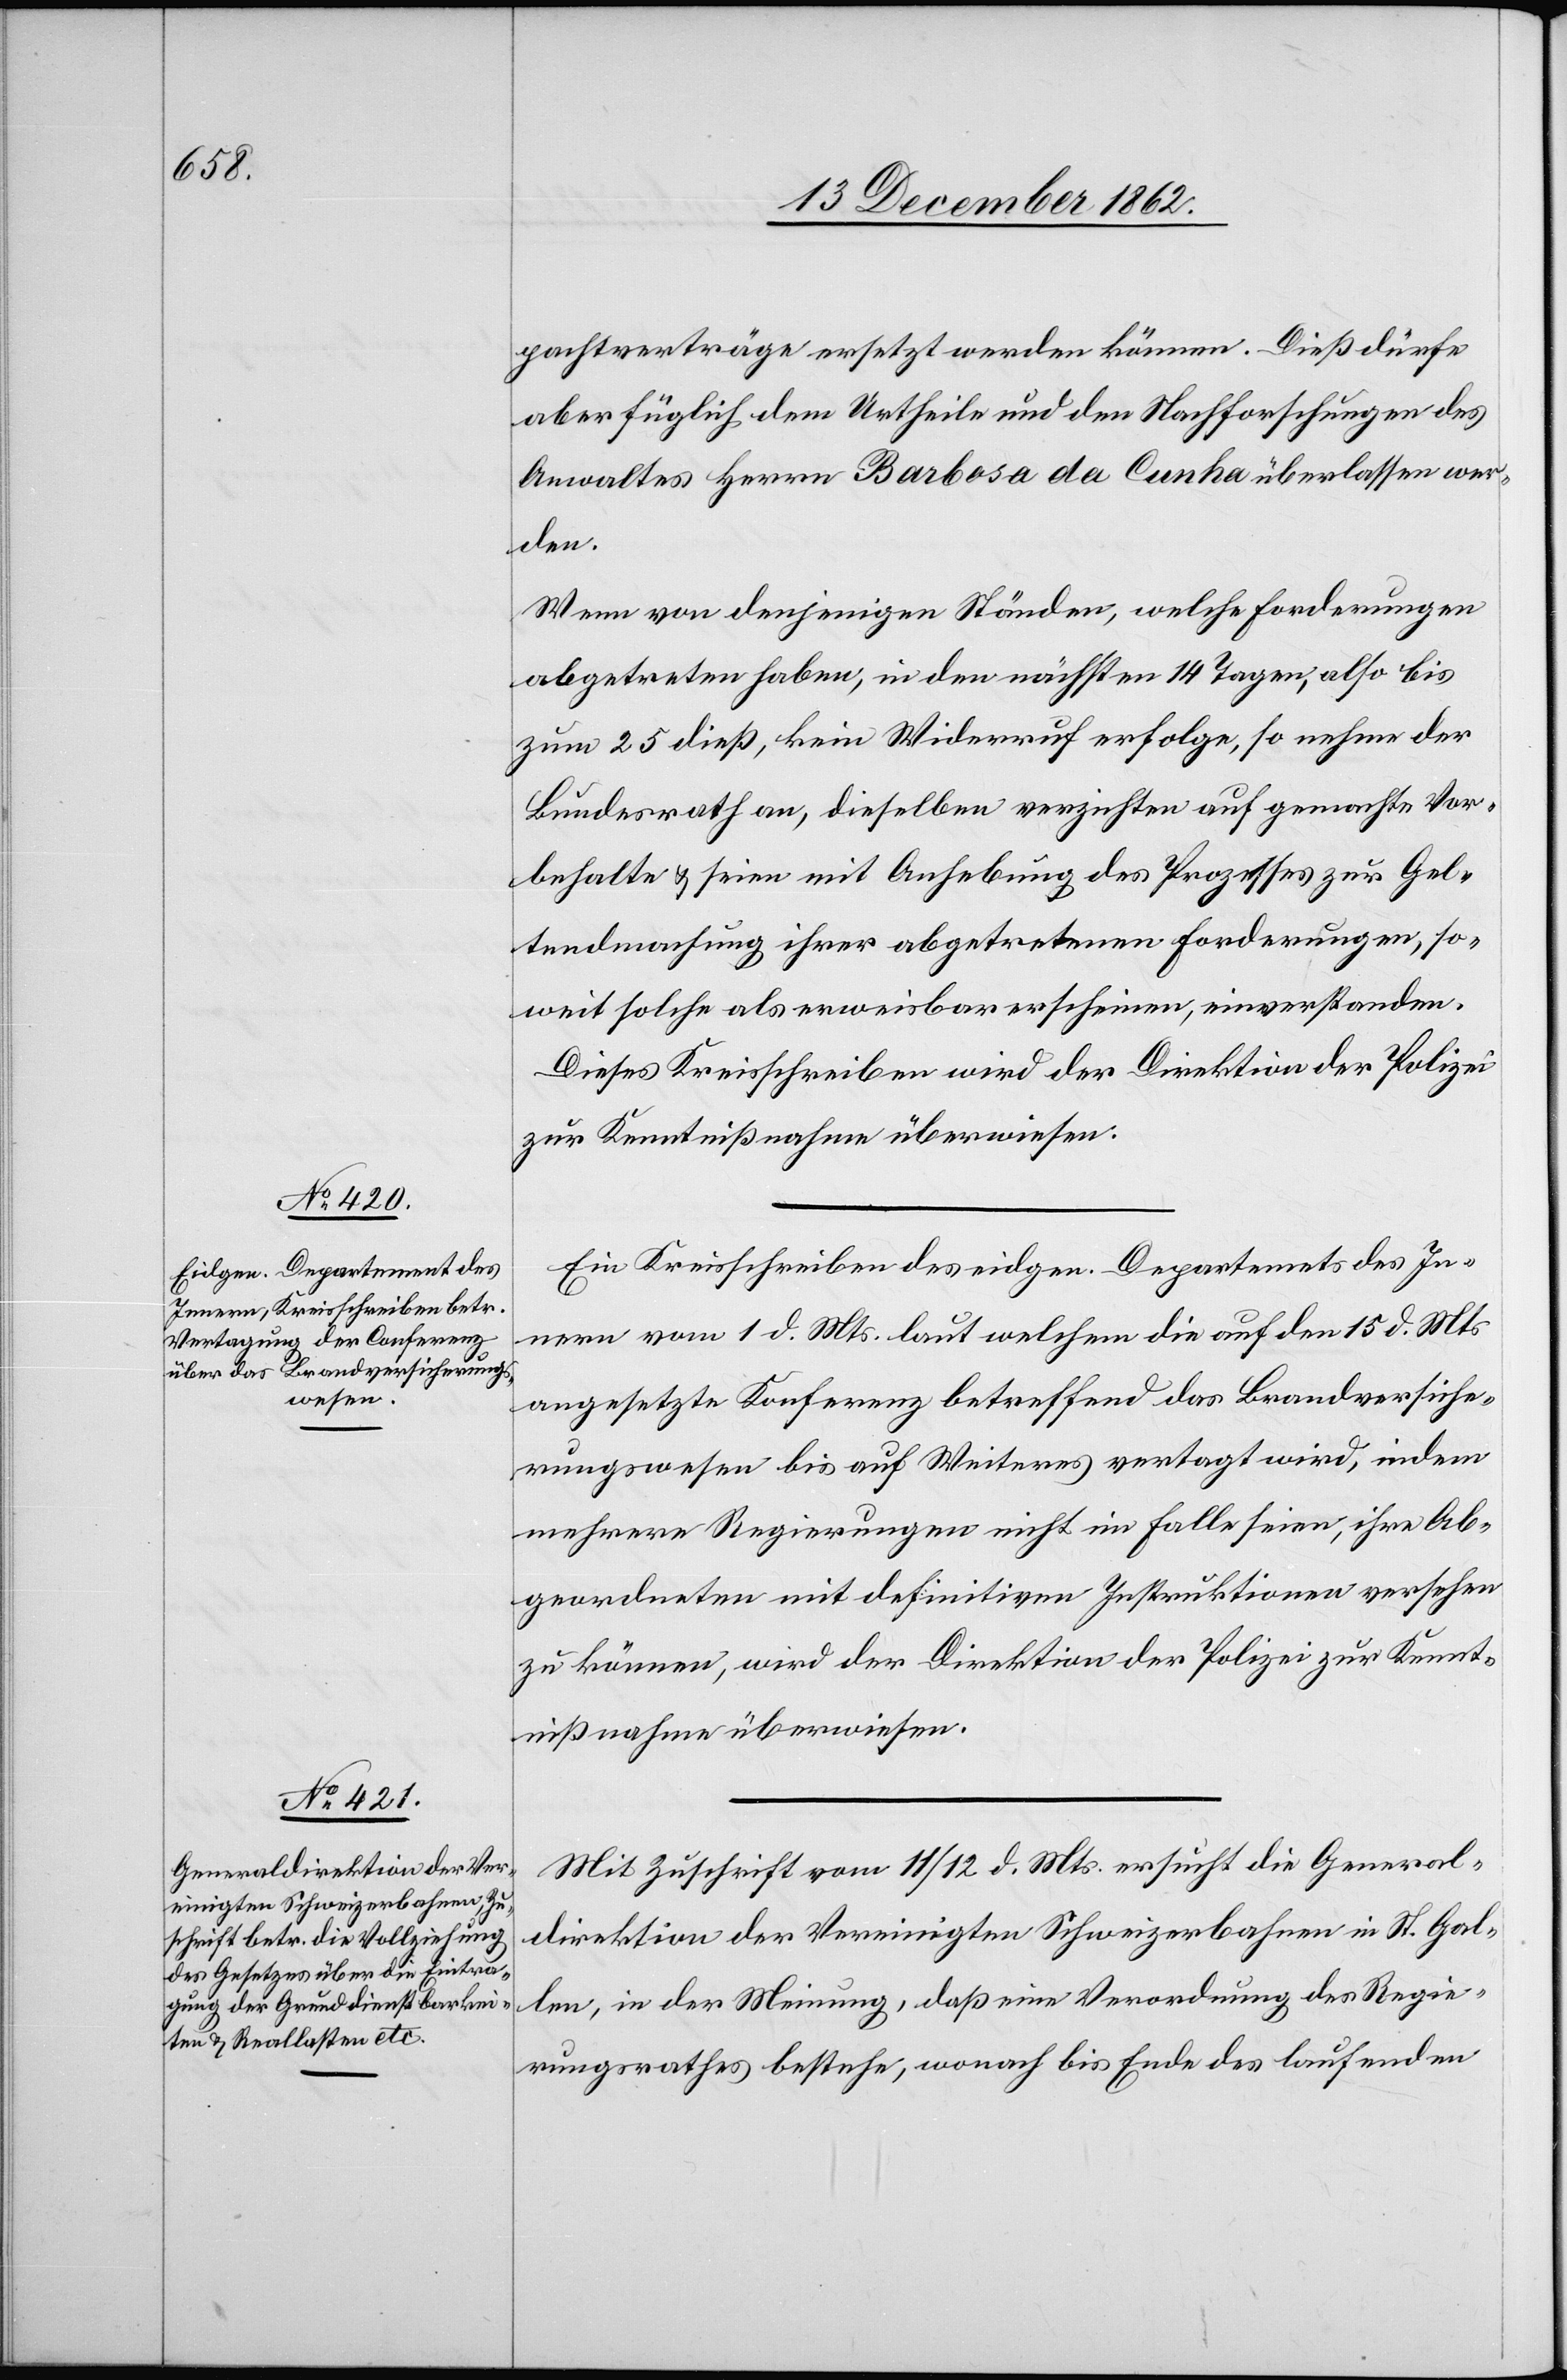
pachtverträge ersetzt werden können. Dieß dürfe
aber füglich dem Urtheile und den Nachforschungen des
Anwaltes Herrn Barbosa da Cunha überlassen wer¬
den.
Wenn von denjenigen Ständen, welche Forderungen
abgetreten haben, in den nächsten 14 Tagen, also bis
zum 25. dieß, kein Widerruf erfolge, so nehme der
Bundesrath an, dieselben verzichten auf gemachte Vor¬
behalte u. seien mit Anhebung des Prozesses zur Gel¬
tendmachung ihrer abgetretenen Forderungen, so¬
weit solche als erweisbar erscheinen, einverstanden.
Dieses Kreisschreiben wird der Direktion der Polizei
zur Kenntnißnahme überwiesen.
Ein Kreisschreiben des eidgen. Departements des In¬
nern vom 1. d. Mts. laut welchem die auf den 15. d. Mts.
angesetzte Konferenz betreffend das Brandversiche¬
rungswesen bis auf Weiteres vertagt wird, indem
mehrere Regierungen nicht im Falle seien, ihre Ab¬
geordneten mit definitiven Instruktionen versehen
zu können, wird der Direktion der Polizei zur Kennt¬
nißnahme überwiesen.
Mit Zuschrift vom 11/12. d. Mts. ersucht die General¬
direktion der Vereinigten Schweizerbahnen in St. Gal¬
len, in der Meinung, daß eine Verordnung des Regie¬
rungsrathes bestehe, wonach bis Ende des laufenden